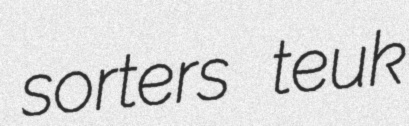
sorters teuk